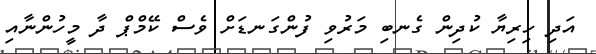
އަދި ހިރިޔާ ކުދިން ގެނބި މަރުވި ފުންގަނޑަށް ވެސް ކޭމްޕް ދާ މީހުންނާއި